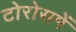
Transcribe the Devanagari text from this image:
टोरोसमें